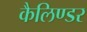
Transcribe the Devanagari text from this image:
कैलिण्डर